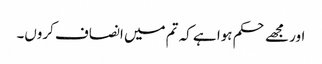
اور مجھے حکم ہوا ہے کہ تم میں انصاف کروں۔